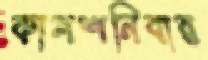
কালশনিবার